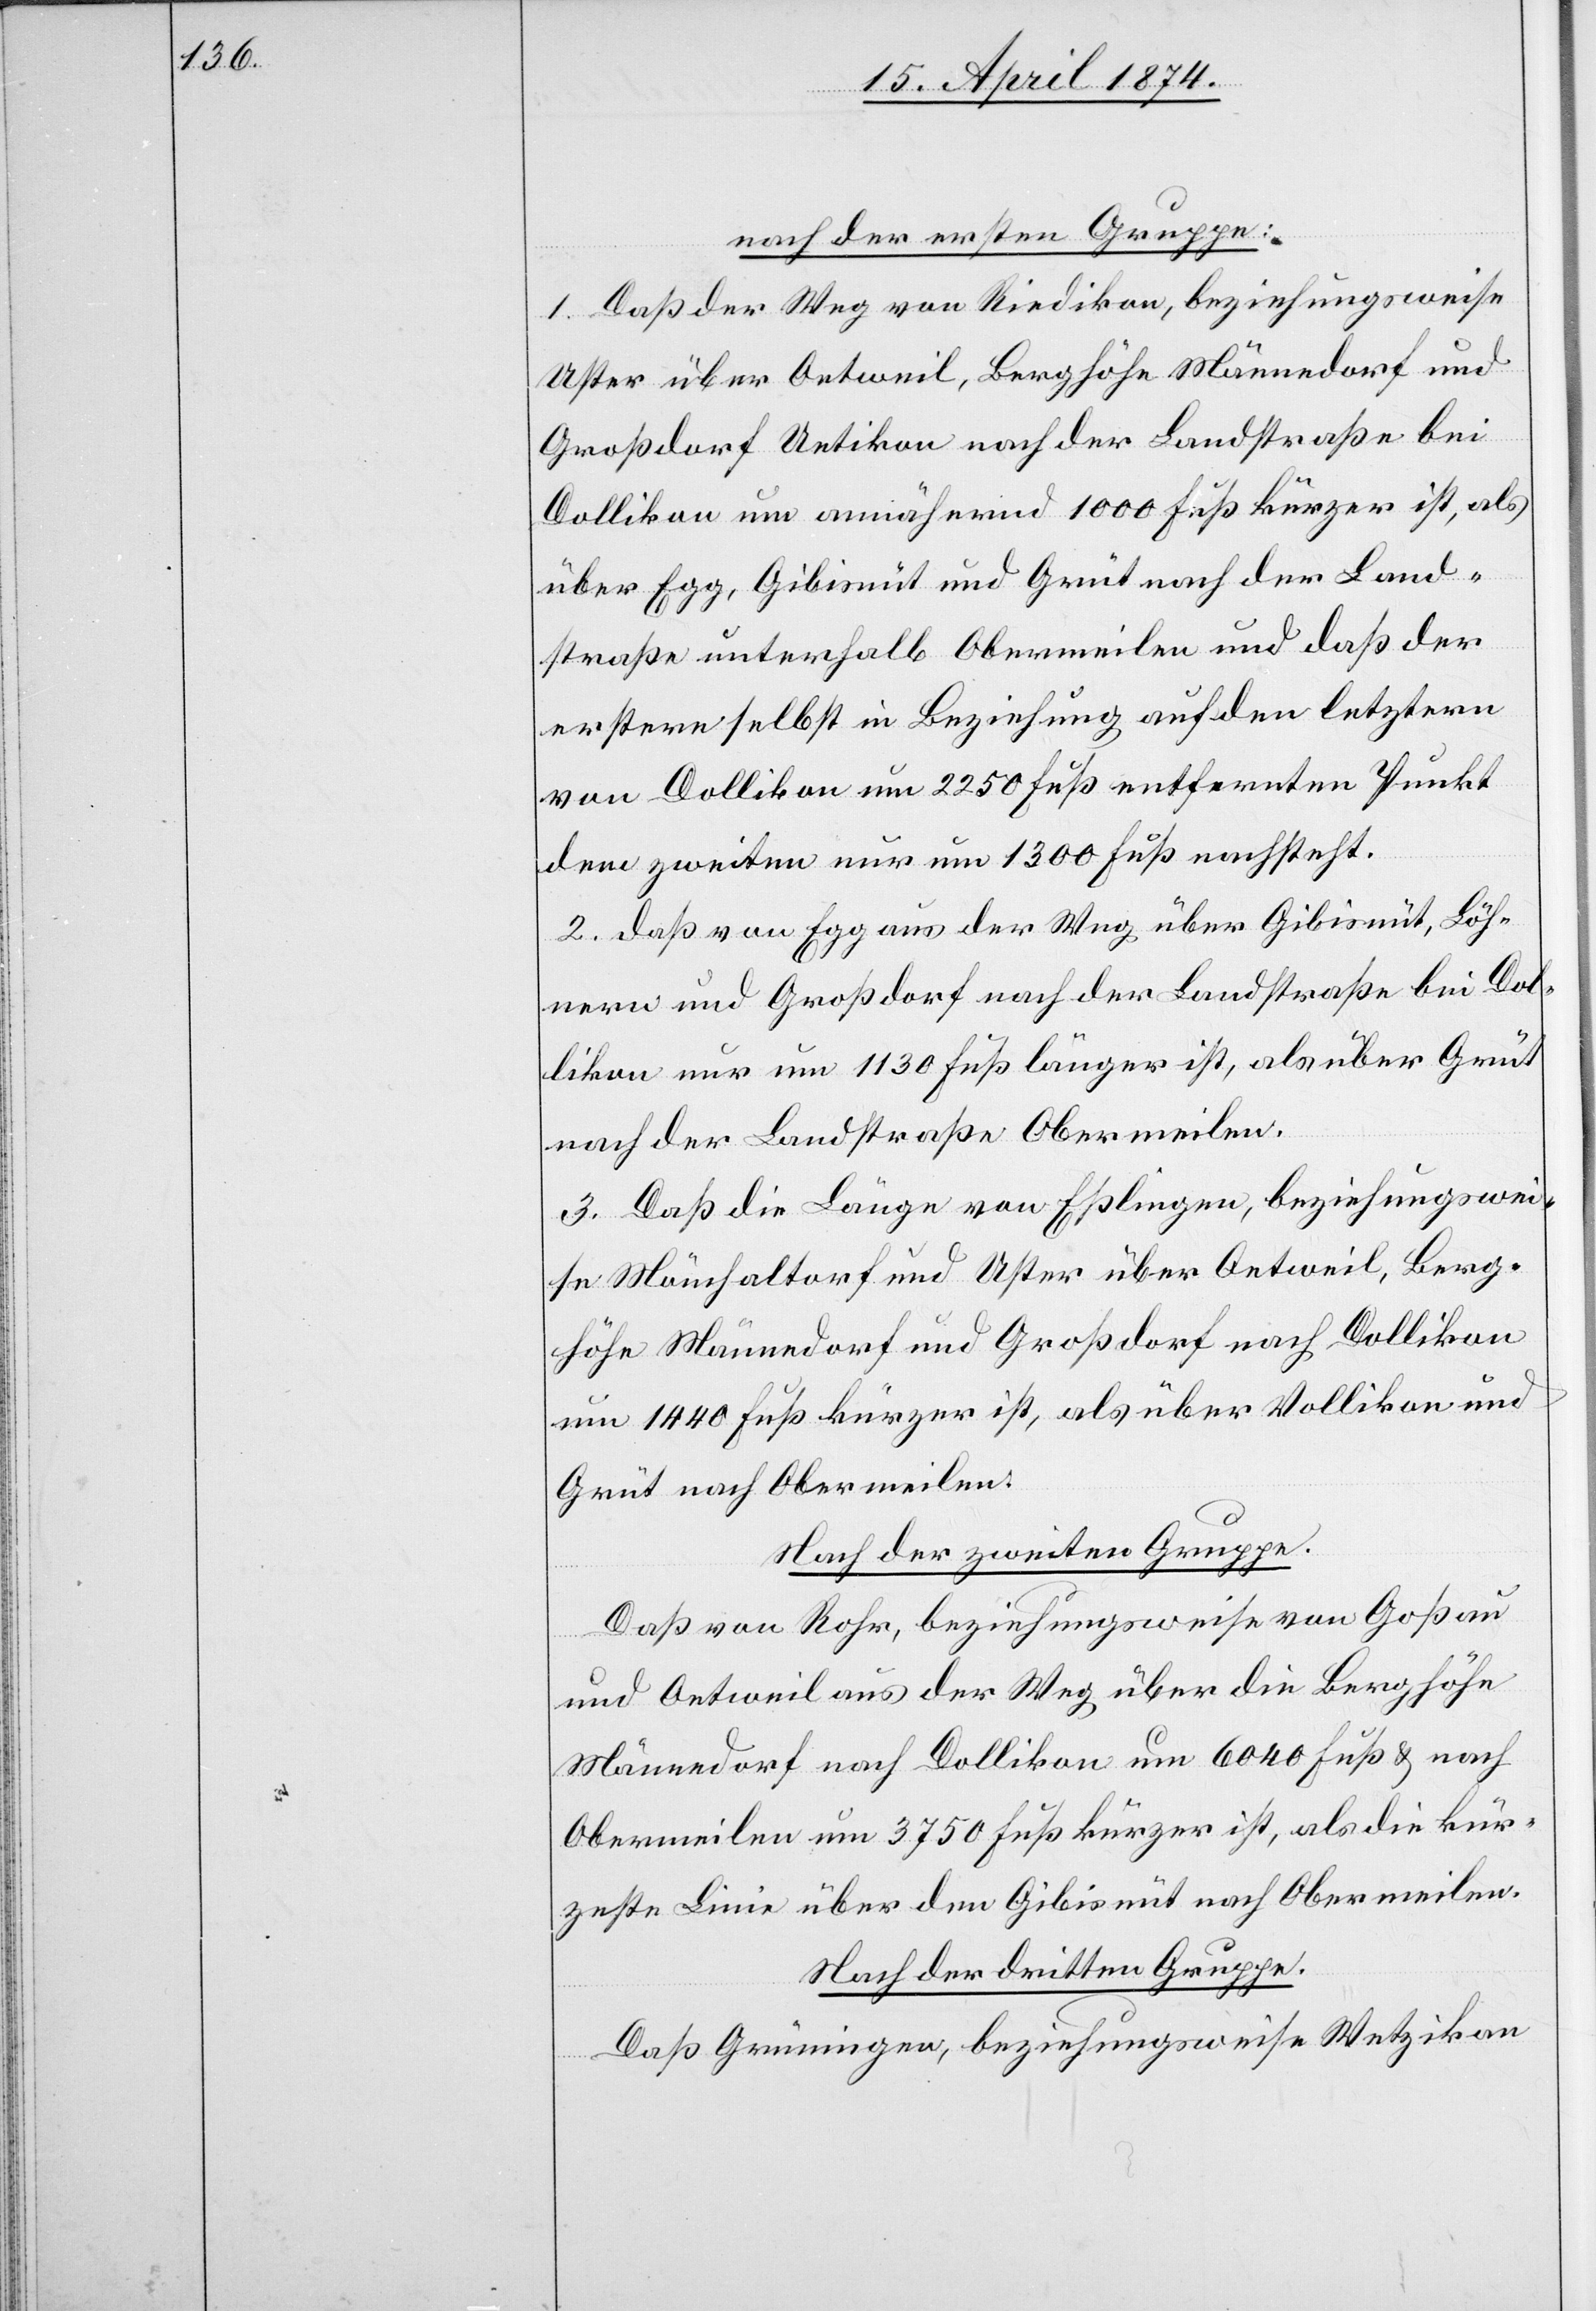
nach der ersten Gruppe:
1. Daß der Weg von Riedikon, beziehungsweise
Uster über Oetweil, Berghöhe Männedorf und
Großdorf Uetikon nach der Landstraße bei
Dollikon um annähernd 1000 Fuß kürzer ist, als
über Egg, Gibisnüt und Grüt nach der Land¬
straße unterhalb Obermeilen und daß der
erstere selbst in Beziehung auf den letztern
von Dollikon 2250 Fuß entfernten Punkt
dem zweiten nur um 1300 Fuß nachsteht.
2. Daß von Egg aus der Weg über Gibisnüt, Löh¬
nern und Großdorf nach der Landstraße bei Dol¬
likon nur um 1130 Fuß länger ist, als über Grüt
nach der Landstraße Obermeilen.
3. Daß die Länge von Eßlingen, beziehungswei¬
se Mönchaltdorf und Uster über Oetweil, Berg¬
höhe Männedorf und Großdorf nach Dollikon
um 1440 Fuß kürzer ist, als über Vollikon und
Grüt nach Obermeilen.
Nach der zweiten Gruppe.
Daß von Rohr, beziehungsweise von Goßau
und Oetweil aus der Weg über die Berghöhe
Männedorf nach Dollikon um 6040 Fuß u. nach
Obermeilen um 3750 Fuß kürzer ist, als die kür¬
zeste Linie über den Gibisnüt nach Obermeilen.
Nach der dritten Gruppe.
Daß Grüningen, beziehungsweise Wetzikon